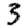
Digit: 3